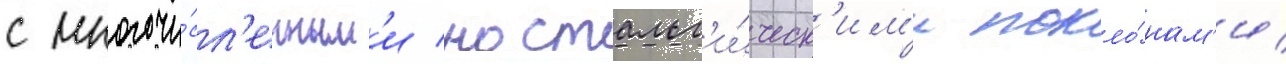
с многочи́сл'енным'и ностальг'и́ческ'им'и покло́нам'и